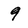
Character: 9